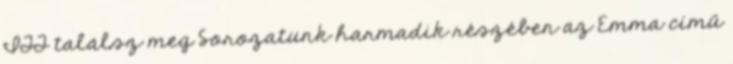
ITT találsz meg Sorozatunk harmadik részében az Emma című